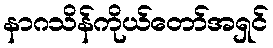
နာဂသိန်ကိုယ်တော်အရှင်